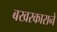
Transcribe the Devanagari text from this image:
बखरकाराने